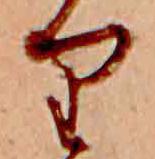
り